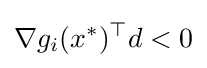
\nabla g_{i}(x^{*})^{\top }d<0